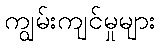
ကျွမ်းကျင်မှုများ